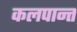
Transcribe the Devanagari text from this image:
कलपान्त